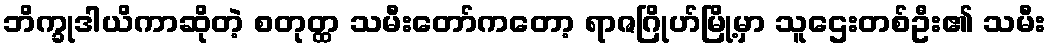
ဘိက္ခုဒါယိကာဆိုတဲ့ စတုတ္ထ သမီးတော်ကတော့ ရာဇဂြိုဟ်မြို့မှာ သူဌေးတစ်ဦး၏ သမီး